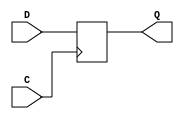
module d_latch (
    input D,
    input C,
    output reg Q
);

always @(posedge C) begin
    if (C) begin
        Q <= D;
    end
end

endmodule